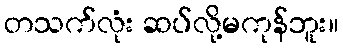
တသက်လုံး ဆပ်လို့မကုန်ဘူး။